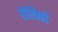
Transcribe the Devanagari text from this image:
सैलिकों